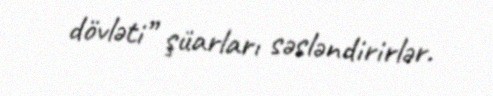
dövləti” şüarları səsləndirirlər.